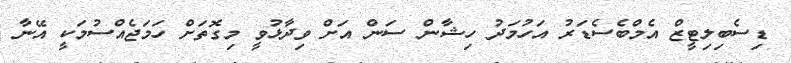
ޑިސެބިލިޓީޒް އެމްބެސެޑަރު އަހުމަދު ހިޝާން ސަން އަށް ވިދާޅުވީ މިގޮތަށް ހަމަޖެއްސުމަކީ އޭނާ